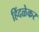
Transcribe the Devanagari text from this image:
हिंदळेकर